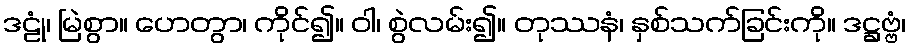
ဒဠုံ၊ မြဲစွာ။ ဟေတွာ၊ ကိုင်၍။ ဝါ၊ စွဲလမ်း၍။ တုဿနံ၊ နှစ်သက်ခြင်းကို။ ဒဋ္ဌဗ္ဗံ၊